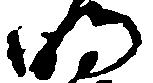
明